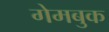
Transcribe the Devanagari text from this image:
गेमबुक